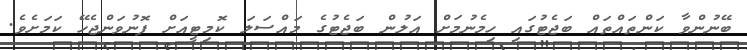
ބޭނުންވާ ކަންތައްތައް ބަޖެޓުގައި ހިމެނުމަށް އަލުން ބަޖެޓުގެ މައްސަލަ ކޮމިޓީއަށް ފޮނުވަންޖެހޭ ކަމަށެވެ.